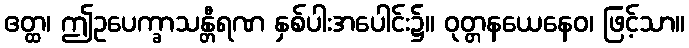
ဧတ္ထ၊ ဤဥပေက္ခာသန္တီရဏ နှစ်ပါးအပေါင်း၌။ ဝုတ္တနယေနေဝ၊ ဖြင့်သာ။